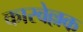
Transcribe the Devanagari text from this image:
कारवेल्लक